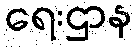
ရေးဌာန